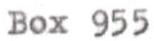
Box 955